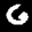
Label: 6